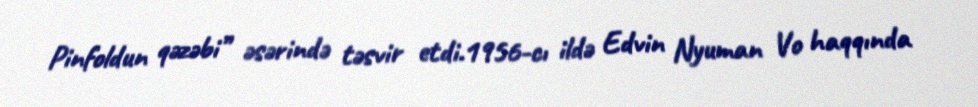
Pinfoldun qəzəbi” əsərində təsvir etdi.1956-cı ildə Edvin Nyuman Vo haqqında